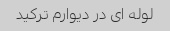
لوله ای در دیوارم ترکید